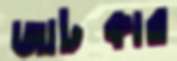
জাটকার